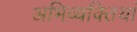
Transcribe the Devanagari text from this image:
अभिव्‍यक्तियां